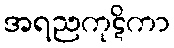
အရညကုဋိကာ